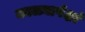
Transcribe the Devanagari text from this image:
काळ्यापेक्षां